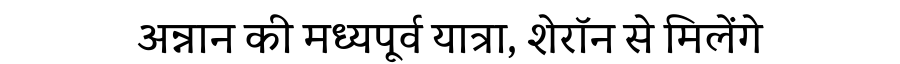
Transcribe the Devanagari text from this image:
अन्नान की मध्यपूर्व यात्रा, शेरॉन से मिलेंगे